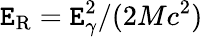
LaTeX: \mathtt{E}_{\textrm{{R}}}=\mathtt{E}_{\gamma}^{2}/(2Mc^{2})